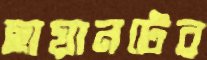
ছায়ানটের